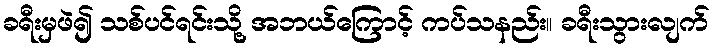
ခရီးမှဖဲ၍ သစ်ပင်ရင်းသို့ အဘယ်ကြောင့် ကပ်သနည်း။ ခရီးသွားလျက်